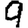
Digit: 9